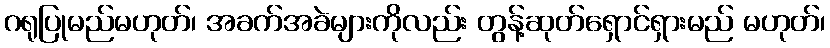
ဂရုပြုမည်မဟုတ်၊ အခက်အခဲများကိုလည်း တွန့်ဆုတ်ရှောင်ရှားမည် မဟုတ်၊